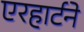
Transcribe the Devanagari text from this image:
एरहार्टने